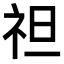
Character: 𥘵